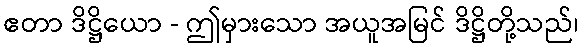
ဧတာ ဒိဋ္ဌိယော - ဤမှားသော အယူအမြင် ဒိဋ္ဌိတို့သည်၊